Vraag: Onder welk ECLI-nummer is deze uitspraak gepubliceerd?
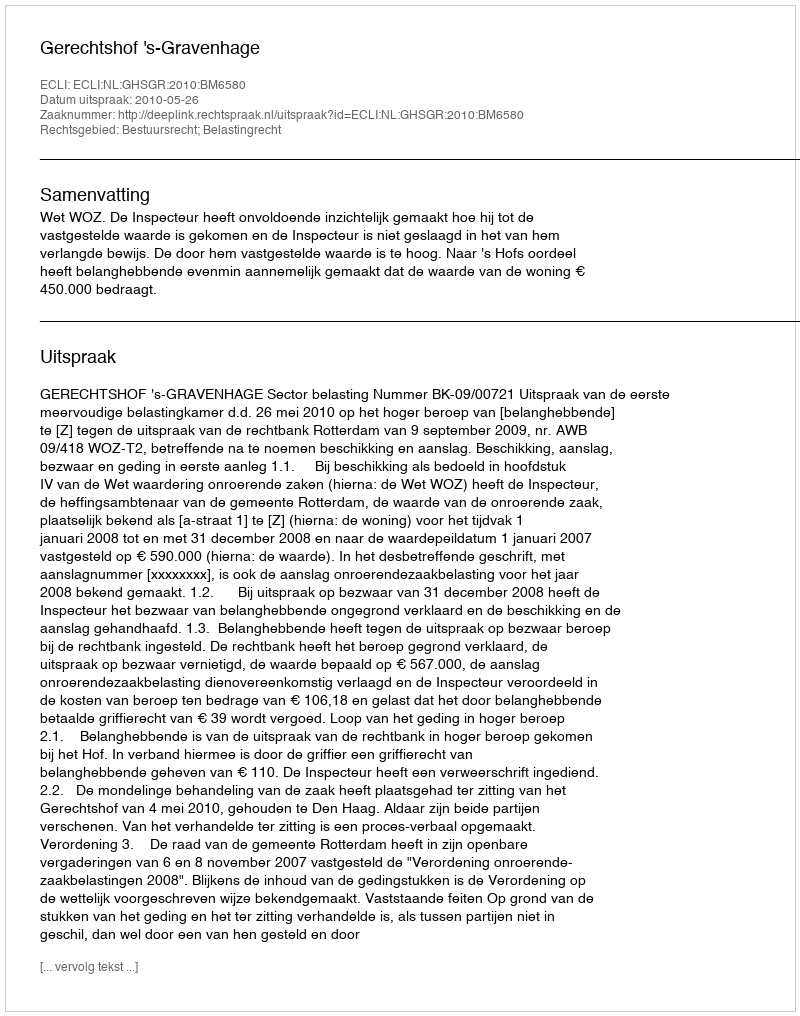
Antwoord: ECLI:NL:GHSGR:2010:BM6580